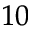
_ { 1 0 }